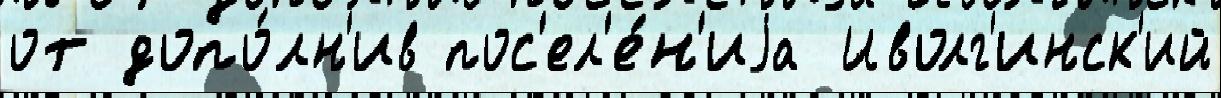
от допо́лн'ив пос'ел'е́н'иjа Иволг'инск'ий